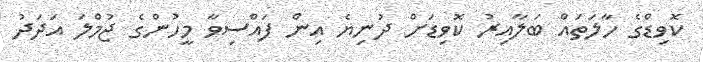
ކޮވިޑްގެ ހާލަތައް ބަލާއިރު ކޮވިޑަށް ދުނިޔެ އިން ފައްސިވާ މީހުންގެ ޖުމްލަ އަދަދު